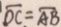
\overline { O C } = \overline { A B }